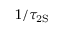
1 / \tau _ { \mathrm { { 2 S } } }